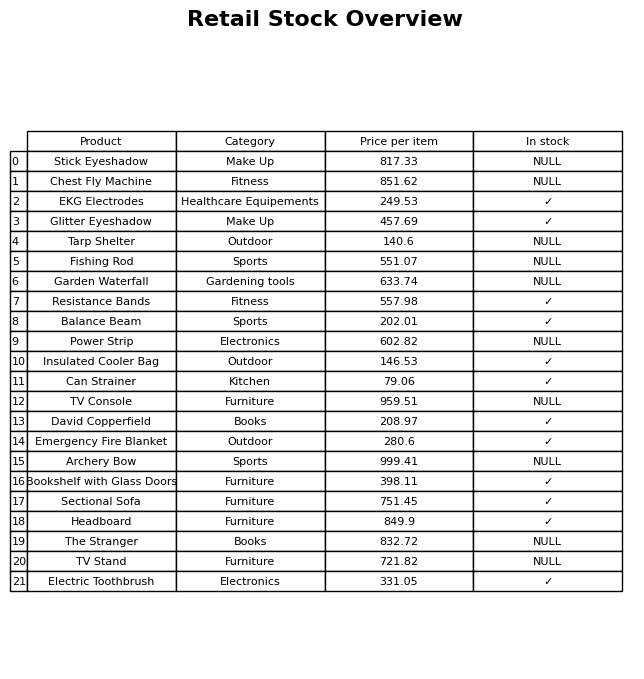
question: What is the price of the TV Stand?
answer: The price of TV Stand is 721.82.